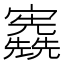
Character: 𡬃